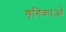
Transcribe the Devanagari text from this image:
शृगिकाओं